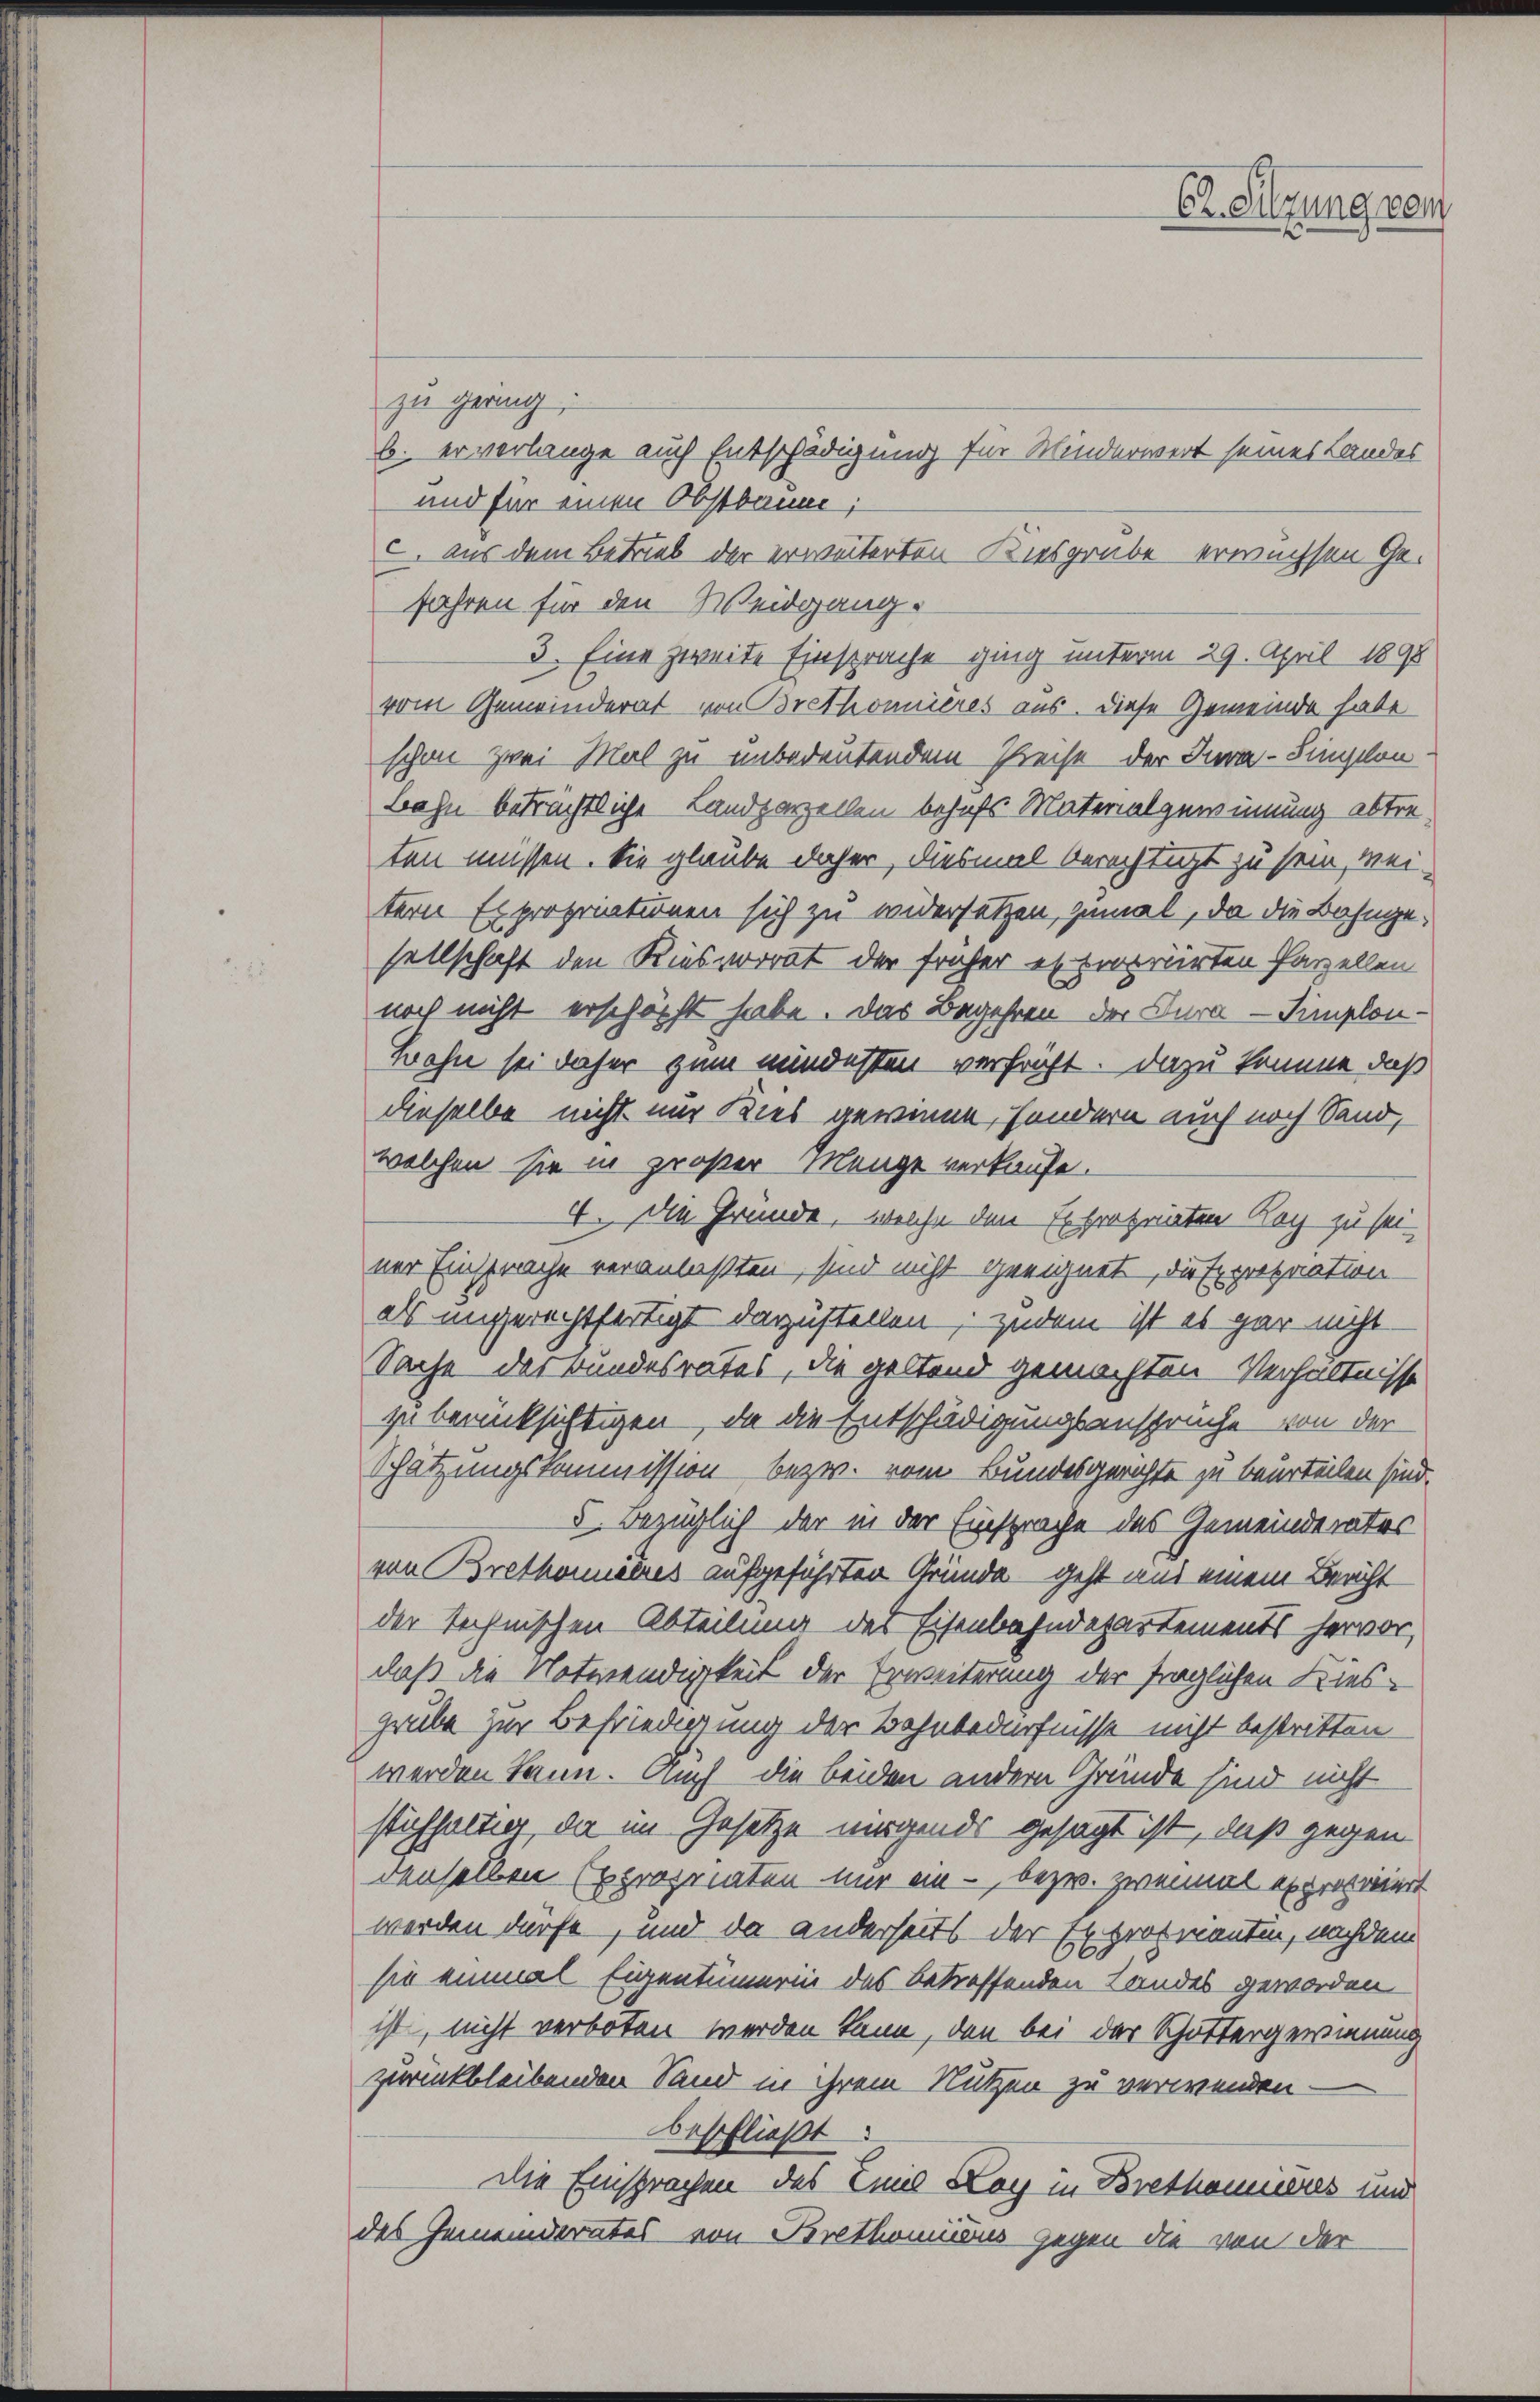
Er Sitzung vom

zu geang;
b. er verlange auch Entschädigung für Winderwert seines Landes
und für einen Obstbaum;
I aus dem Betrieb der erweiterten Kiesgrube erwachsen Gefahren für den Weidgang.
3. Eine zweite Einsprache ging unterm 29. April 1898
vom Gemeinderat von Brethonieres aus. Diese Gemeinde habe
schon zwei Mal zu unbedeutendem Preise der Jura-Similon¬
Bahn beträchtliche Landparzellen behufs Materialgewinnung abtreten müssen. Sie glaube daher, diesmal berechtigt zu sein, wei-
tern Expropriationen sich zu widersetzen, zumal, da die Bahngesellschaft den Riesvorrat der früher es propriirten Parzellen
noch nicht erschöpft habe. Das Begehren der Cura-Simplon¬
Bahn sei daher zum mindesten verfrüht. Dazu komme, daß
dieselbe nicht nur Kies gewinne, sondern auch noch Sand,
welchen sie in großer Menge verkaufe.
4. Die Gründe, welche den Expropriaten Koch zu sei-
ner Einsprache veranlaßten, sind nicht geeichnet, die Expropration
als ungerechtfertigt darzustellen; zudem ist es gar nicht
Sache des Bundesrates, die geltend gemachten Verhältnisse
zu berücksichtigen, da die Entschädigungsansprüche von der
Schätzungskommission bezw. vom Bundesgerichte zu beurteilen sind.
5. Bezüglich der in der Einsprache des Gemeinderates
von Brethanales aufgeführten Gründe – geht aus einem Bericht
der technischen Abteilung des Eisenbahndepartements hervor,
daß die Notwendigkeit der Erweiterung der fraglichen Kiesgrube zur Befriedigung der Bahnbedürfnisse nicht bestritten.
werden kann. Auch die beiden andern Gründe sind nicht
stühhalter da im Gesetze nirgends gesagt ist, daß gegen
denselben Expropriaten nur ein - bezw. zweimal expropriiert
werden dürfe, und da anderseits der Exprofmantin, nachdem
sie einmal Eigentümerin des betreffenden Landes geworden.
ist, nicht verboten werden kann, den bei der Schuttergewinnung
zurückbleibenden Sand in ihrem Nutzen zu verwenden.
beschließt:
Die Einsprachen des Emil Loy in Brethonieres und
des Gemeinderates von Brethominus gegen die von der